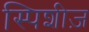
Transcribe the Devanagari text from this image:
स्पिशीज़